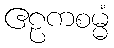
ဧဠကစမ္မံ